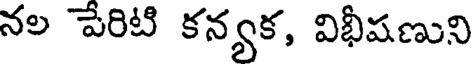
నల పేరిటి కన్యక, విభీషణుని